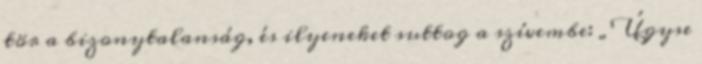
tör a bizonytalanság, és ilyeneket suttog a szívembe: „Úgyse